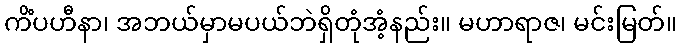
ကိံပဟီနာ၊ အဘယ်မှာမပယ်ဘဲရှိတုံအံ့နည်း။ မဟာရာဇ၊ မင်းမြတ်။